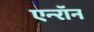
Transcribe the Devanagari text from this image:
एन्‍रॉन